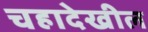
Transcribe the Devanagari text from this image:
चहादेखील